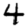
Digit: 4